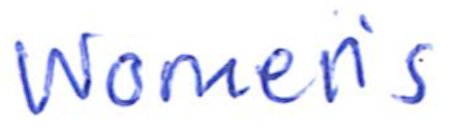
Text: Women's
Cross-out: clean
Writing tool: ballpoint